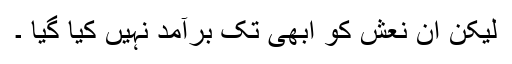
لیکن ان نعش کو ابھی تک برآمد نہیں کیا گیا ۔